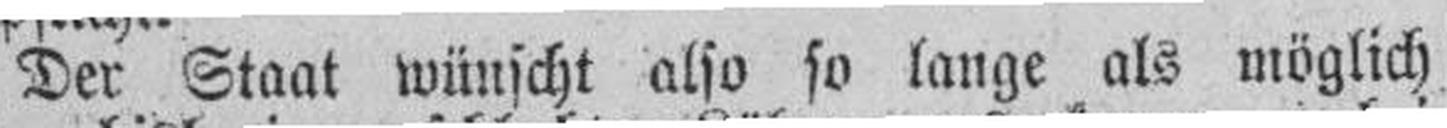
Der Staat wünscht also so lange als möglich